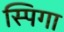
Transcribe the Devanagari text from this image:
स्पिगा